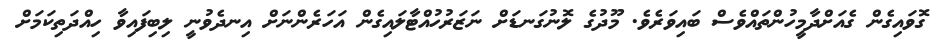
ގޮވައިގެން ގެއަށްދާމީހުންތައްވެސް ބައިވަރެވެ. މޫދުގެ ލޮނުގަނޑަށް ނަޒަރުހުއްޓާލައިގެން އަހަރެންނަށް އިނދެވުނީ ލިބިފައިވާ ހިއްދަތިކަމަށް